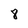
Character: 8